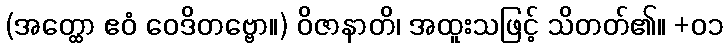
(အတ္ထော ဧဝံ ဝေဒိတဗ္ဗော။) ဝိဇာနာတိ၊ အထူးသဖြင့် သိတတ်၏။ +၀၁